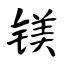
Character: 镁